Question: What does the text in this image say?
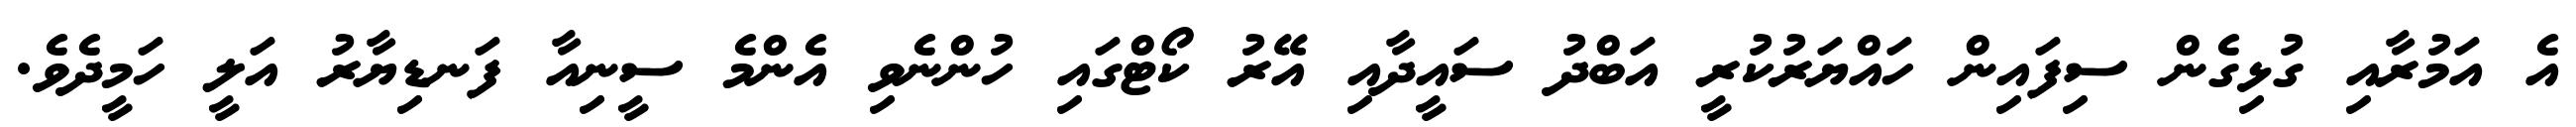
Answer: އެ އަމުރާއި ގުޅިގެން ސިފައިން ހައްޔަރުކުރީ އަބްދު ސައީދާއި އޭރު ކޯޓްގައި ހުންނެވި އެންމެ ސީނިއާ ފަނޑިޔާރު އަލީ ހަމީދެވެ.